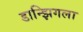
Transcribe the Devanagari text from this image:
डान्झिगला